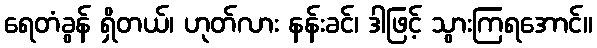
ရေတံခွန် ရှိတယ်၊ ဟုတ်လား နန်းခင်၊ ဒါဖြင့် သွားကြရအောင်။